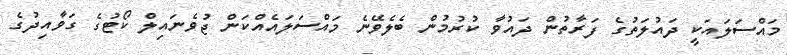
މައްސަލައަކީ ދައުލަތުގެ ފަރާތުން ދައުވާ ކުރުމުން ބެލެވޭނެ މައްސަލައެއްކަން ޖުވެނައިލް ކޯޓުގެ ގަވާއިދުގެ